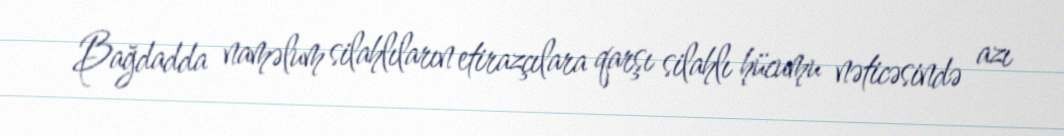
Bağdadda naməlum silahlıların etirazçılara qarşı silahlı hücumu nəticəsində azı